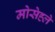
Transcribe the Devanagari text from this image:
मोसेह्ले